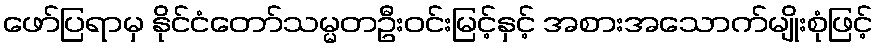
ဖော်ပြရာမှ နိုင်ငံတော်သမ္မတဦးဝင်းမြင့်နှင့် အစားအသောက်မျိုးစုံဖြင့်